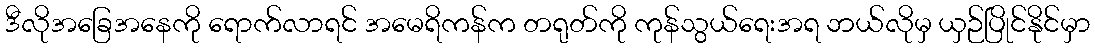
ဒီလိုအခြေအနေကို ရောက်လာရင် အမေရိကန်က တရုတ်ကို ကုန်သွယ်ရေးအရ ဘယ်လိုမှ ယှဉ်ပြိုင်နိုင်မှာ